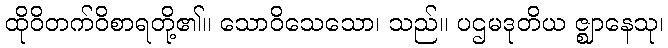
ထိုဝိတက်ဝိစာရတို့၏။ သောဝိသေသော၊ သည်။ ပဌမဒုတိယ ဇ္ဈာနေသု၊